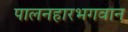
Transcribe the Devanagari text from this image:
पालनहारभगवान